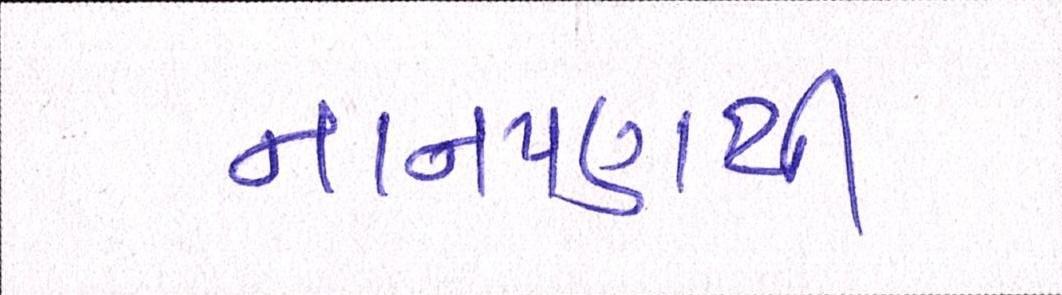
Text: નાનપણથી